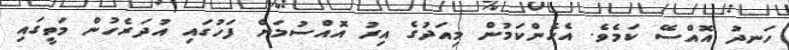
ހަނދު އޮއްސޭ ކަމެވެ. އެހެންކަމުން މިއަދުގެ އިރު އޮއްސުމަށް ފަހުގައި އުދަރެހުން މަތީގައި